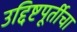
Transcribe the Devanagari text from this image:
उद्दिष्टपूर्तीचा